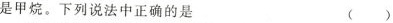
是甲烷。下列说法中正确的是 ( )